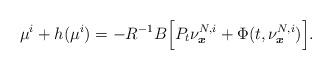
LaTeX: \begin{align*}\mu^i+h(\mu^i)=-R^{-1}B\Big[P_t\nu^{N,i}_{\boldsymbol{x}}+\Phi(t,\nu^{N,i}_{\boldsymbol{x}})\Big]. \end{align*}